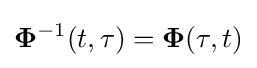
\mathbf {\Phi } ^{-1}(t,\tau )=\mathbf {\Phi } (\tau ,t)